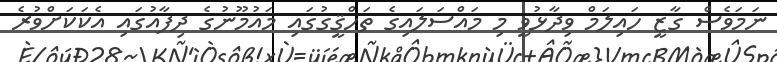
ނަމަވެސް ގާޒީ ހައިލަމް ވިދާޅުވީ މި މައްސަލައިގެ ތަހްޤީގުގައި މައުމޫނުގެ ދިފާއުގައި އެކަކަށްވުރެ